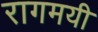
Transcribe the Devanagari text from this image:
रागमयी